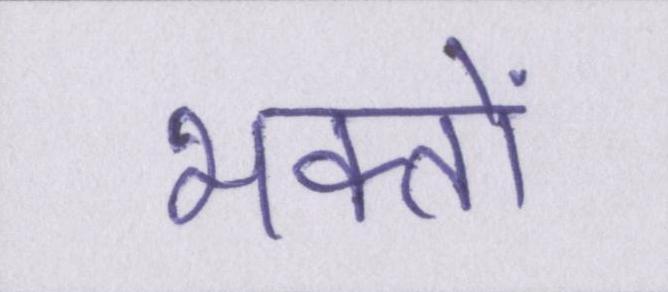
भक्तों